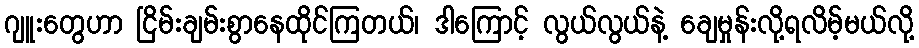
ဂျူးတွေဟာ ငြိမ်းချမ်းစွာနေထိုင်ကြတယ်၊ ဒါကြောင့် လွယ်လွယ်နဲ့ ချေမှုန်းလို့ရလိမ့်မယ်လို့